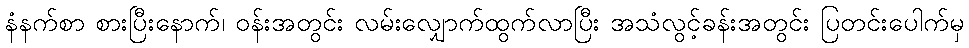
နံနက်စာ စားပြီးနောက်၊ ဝန်းအတွင်း လမ်းလျှောက်ထွက်လာပြီး အသံလွင့်ခန်းအတွင်း ပြတင်းပေါက်မှ